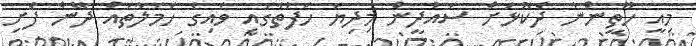
މިއީ ހޫތީންނާ ދެކޮޅަށް ސައުދީން މިިދިޔަ ހަފުތާގައި ވައިގެ ހަމަލާތައް ދޭން ފެށި